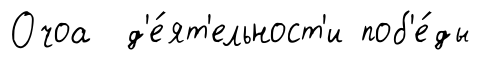
Очоа д'е́ят'ельност'и поб'е́ды